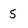
Character: 5